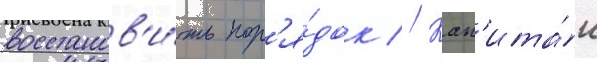
восстанов'и́ть пор'я́док // Кап'ита́н